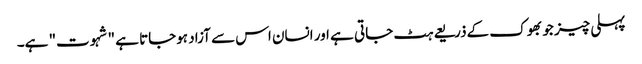
پہلی چیز جو بھوک کےذریعے ہٹ جاتی ہے اور انسان اس سے آزاد ہوجاتا ہے "شہوت" ہے۔